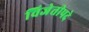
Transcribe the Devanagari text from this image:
विजेतीपदे